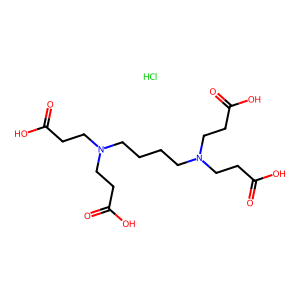
SMILES: Cl.O=C(O)CCN(CCCCN(CCC(=O)O)CCC(=O)O)CCC(=O)O
Inhibits HIV replication: No